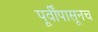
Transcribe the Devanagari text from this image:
पूर्वींपासूनच